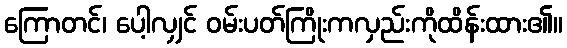
ကြောတင်၊ ပေါ့လျှင် ဝမ်းပတ်ကြိုးကလှည်းကိုထိန်းထား၏။